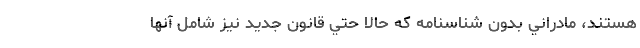
هستند، مادراني بدون شناسنامه كه حالا حتي قانون جديد نيز شامل آنها